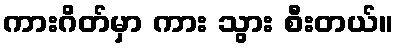
ကားဂိတ်မှာ ကား သွား စီးတယ်။